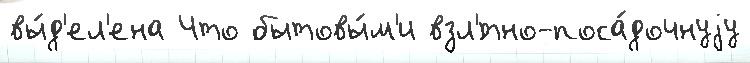
вы́д'ел'ена Что бытовы́м'и взл'́тно-поса́дочнуjу